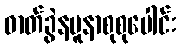
ဓာတ်ခွဲနမူနာစုစုပေါင်း